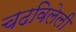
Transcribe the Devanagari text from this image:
चढविलेली